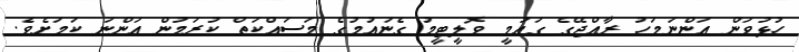
ހުޅުވަން އަންނަމަހު ރާއްޖޭގެ ގައުމީ ވޮލީޓީމު ގެނައުމުގެ މަސައްކަތް ކުރަމުން އަންނަ ކަމަށެވެ.